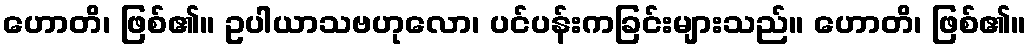
ဟောတိ၊ ဖြစ်၏။ ဥပါယာသဗဟုလော၊ ပင်ပန်းကခြင်းများသည်။ ဟောတိ၊ ဖြစ်၏။